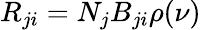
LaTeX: R_{ji}=N_{j}B_{ji}\rho(\nu)